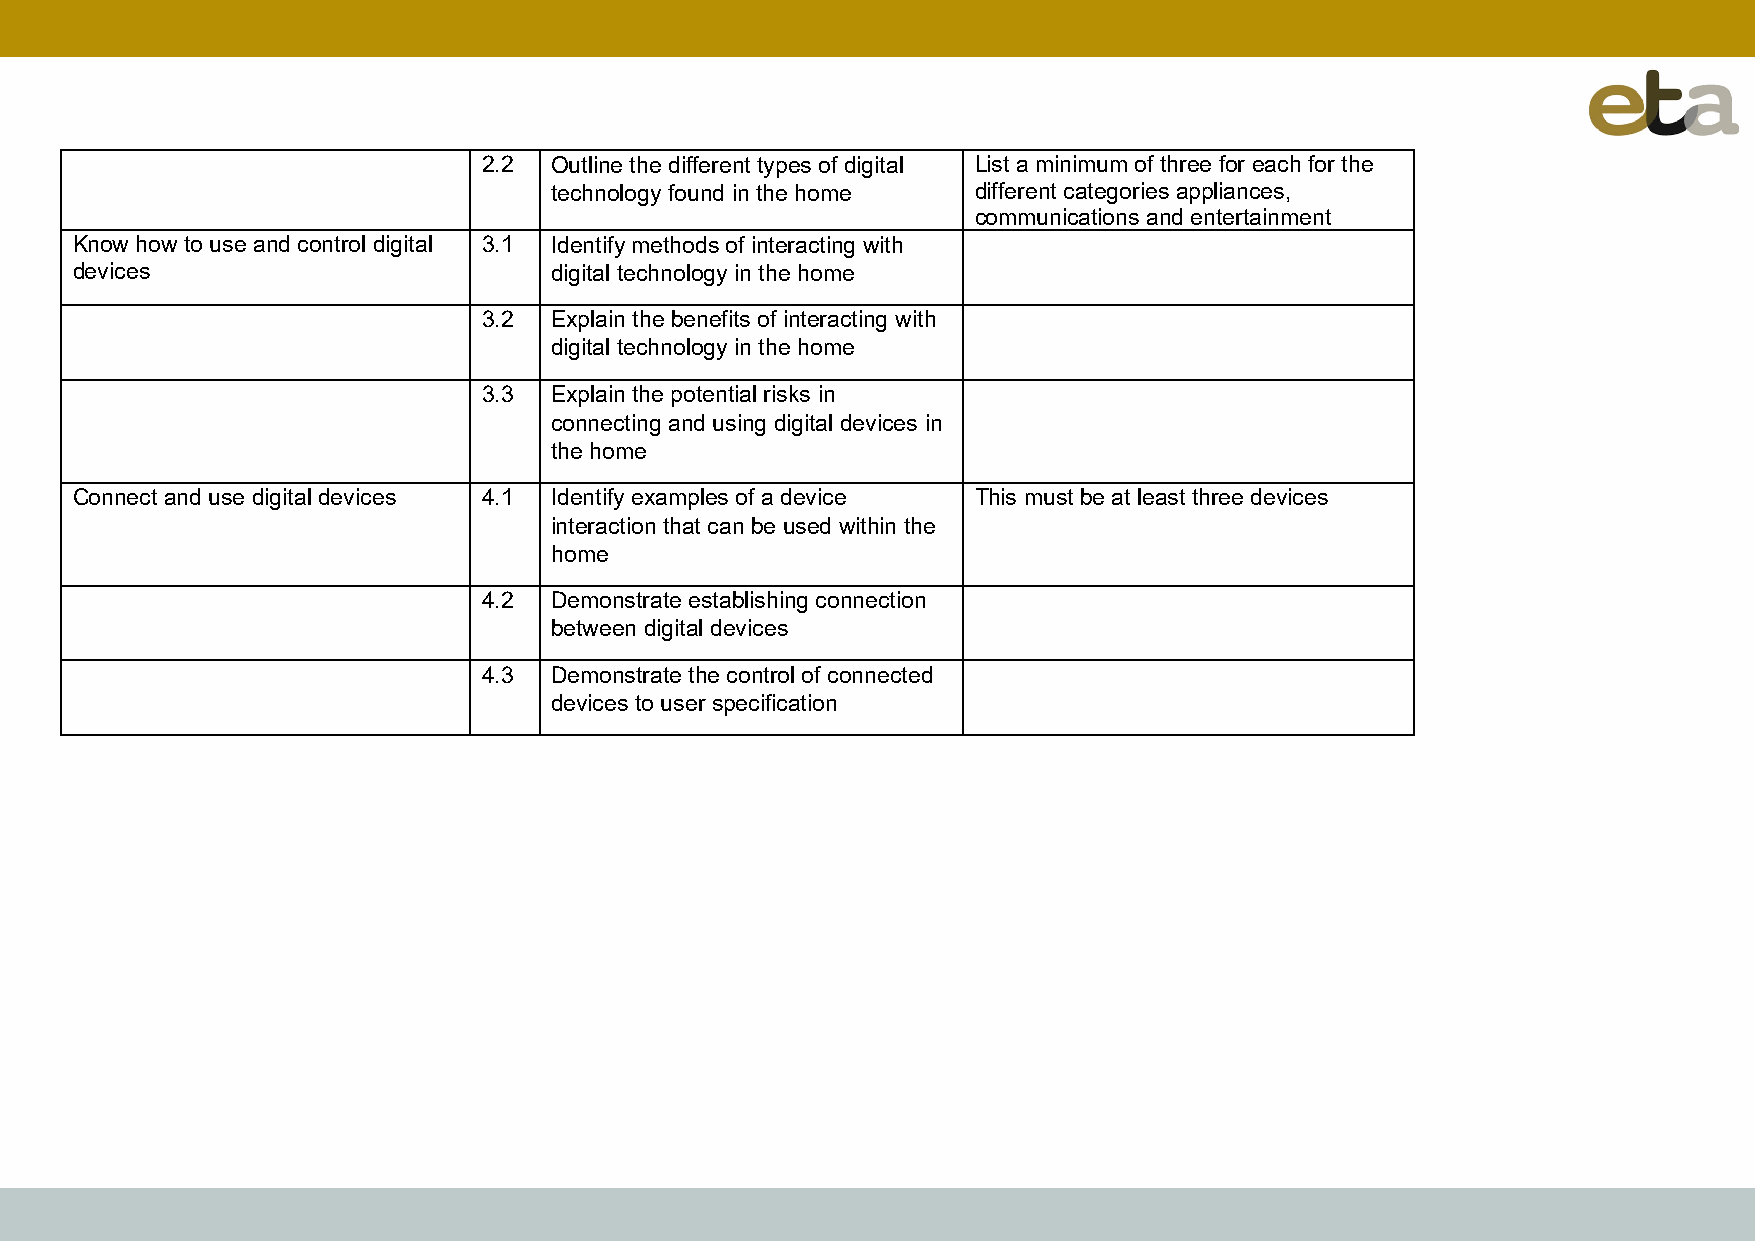
2.2 Outline the different types of digital List a minimum of three for each for the
 technology found in the home different categories appliances,
 communications and entertainment
 Know how to use and control digital 3.1 Identify methods of interacting with
 devices                        digital technology in the home
 3.2 Explain the benefits of interacting with
 digital technology in the home
 3.3 Explain the potential risks in
 connecting and using digital devices in
 the home
 Connect and use digital devices 4.1 Identify examples of a device This must be at least three devices
 interaction that can be used within the
 home
 4.2 Demonstrate establishing connection
 between digital devices
 4.3 Demonstrate the control of connected
 devices to user specification